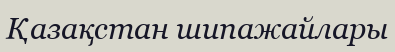
Қазақстан шипажайлары